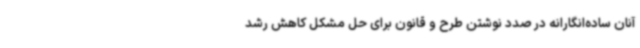
آنان ساده‌انگارانه در صدد نوشتن طرح و قانون برای حل مشکل کاهش رشد